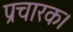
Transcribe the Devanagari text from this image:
प्रचारक।